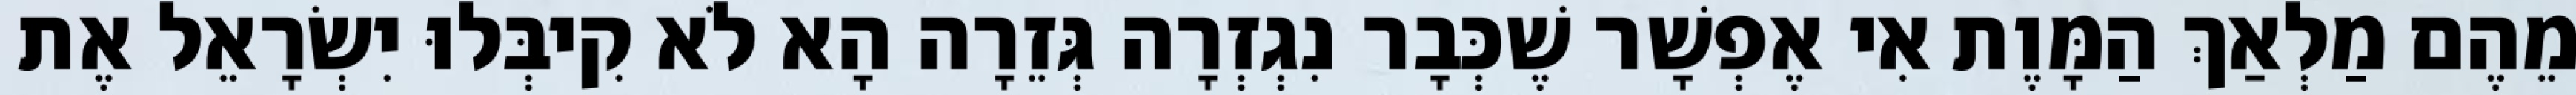
מֵהֶם מַלְאַךְ הַמָּוֶת אִי אֶפְשָׁר שֶׁכְּבָר נִגְזְרָה גְּזֵרָה הָא לֹא קִיבְּלוּ יִשְׂרָאֵל אֶת